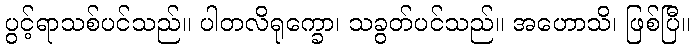
ပွင့်ရာသစ်ပင်သည်။ ပါတလိရုက္ခော၊ သခွတ်ပင်သည်။ အဟောသိ၊ ဖြစ်ပြီ။